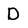
Character: D